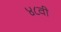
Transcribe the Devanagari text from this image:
४८वी